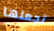
تجعلها